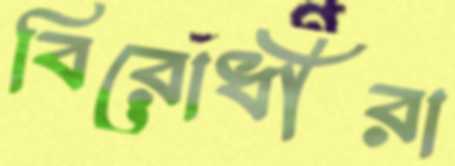
বিরোধীরা